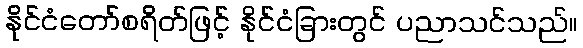
နိုင်ငံတော်စရိတ်ဖြင့် နိုင်ငံခြားတွင် ပညာသင်သည်။